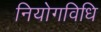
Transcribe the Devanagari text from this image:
नियोगविधि